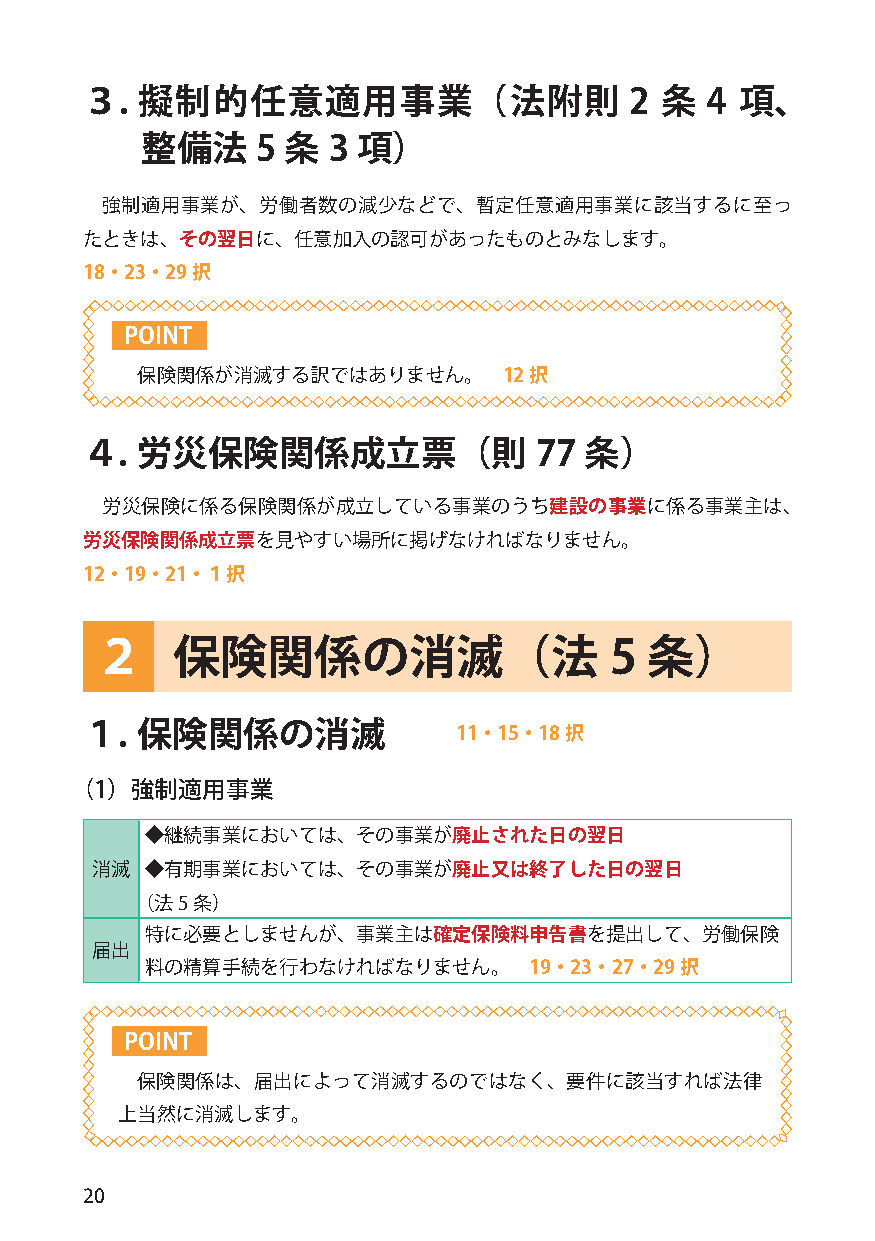
３.  擬制的任意適用事業（法附則                    2 条  4 項、
 整備法     5 条  3 項）
 強制適用事業が、労働者数の減少などで、暫定任意適用事業に該当するに至っ
 たときは、その翌日に、任意加入の認可があったものとみなします。
 18・23・29択
 POINT
 保険関係が消滅する訳ではありません。      12択
 ４.  労災保険関係成立票（則               77  条）
 労災保険に係る保険関係が成立している事業のうち建設の事業に係る事業主は、
 労災保険関係成立票を見やすい場所に掲げなければなりません。
 12・19・21・１択
 ２    保険関係の消滅（法                    5  条）
 １.  保険関係の消滅              11・15・18択
 （1）強制適用事業
 ◆継続事業においては、その事業が廃止された日の翌日
 消滅  ◆有期事業においては、その事業が廃止又は終了した日の翌日
 （法5 条）
 特に必要としませんが､   事業主は確定保険料申告書を提出して､    労働保険
 届出
 料の精算手続を行わなければなりません｡      19・23・27・29択
 POINT
 保険関係は、届出によって消滅するのではなく、要件に該当すれば法律
 上当然に消滅します。
 20